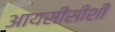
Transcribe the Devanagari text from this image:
आयसीसीशी